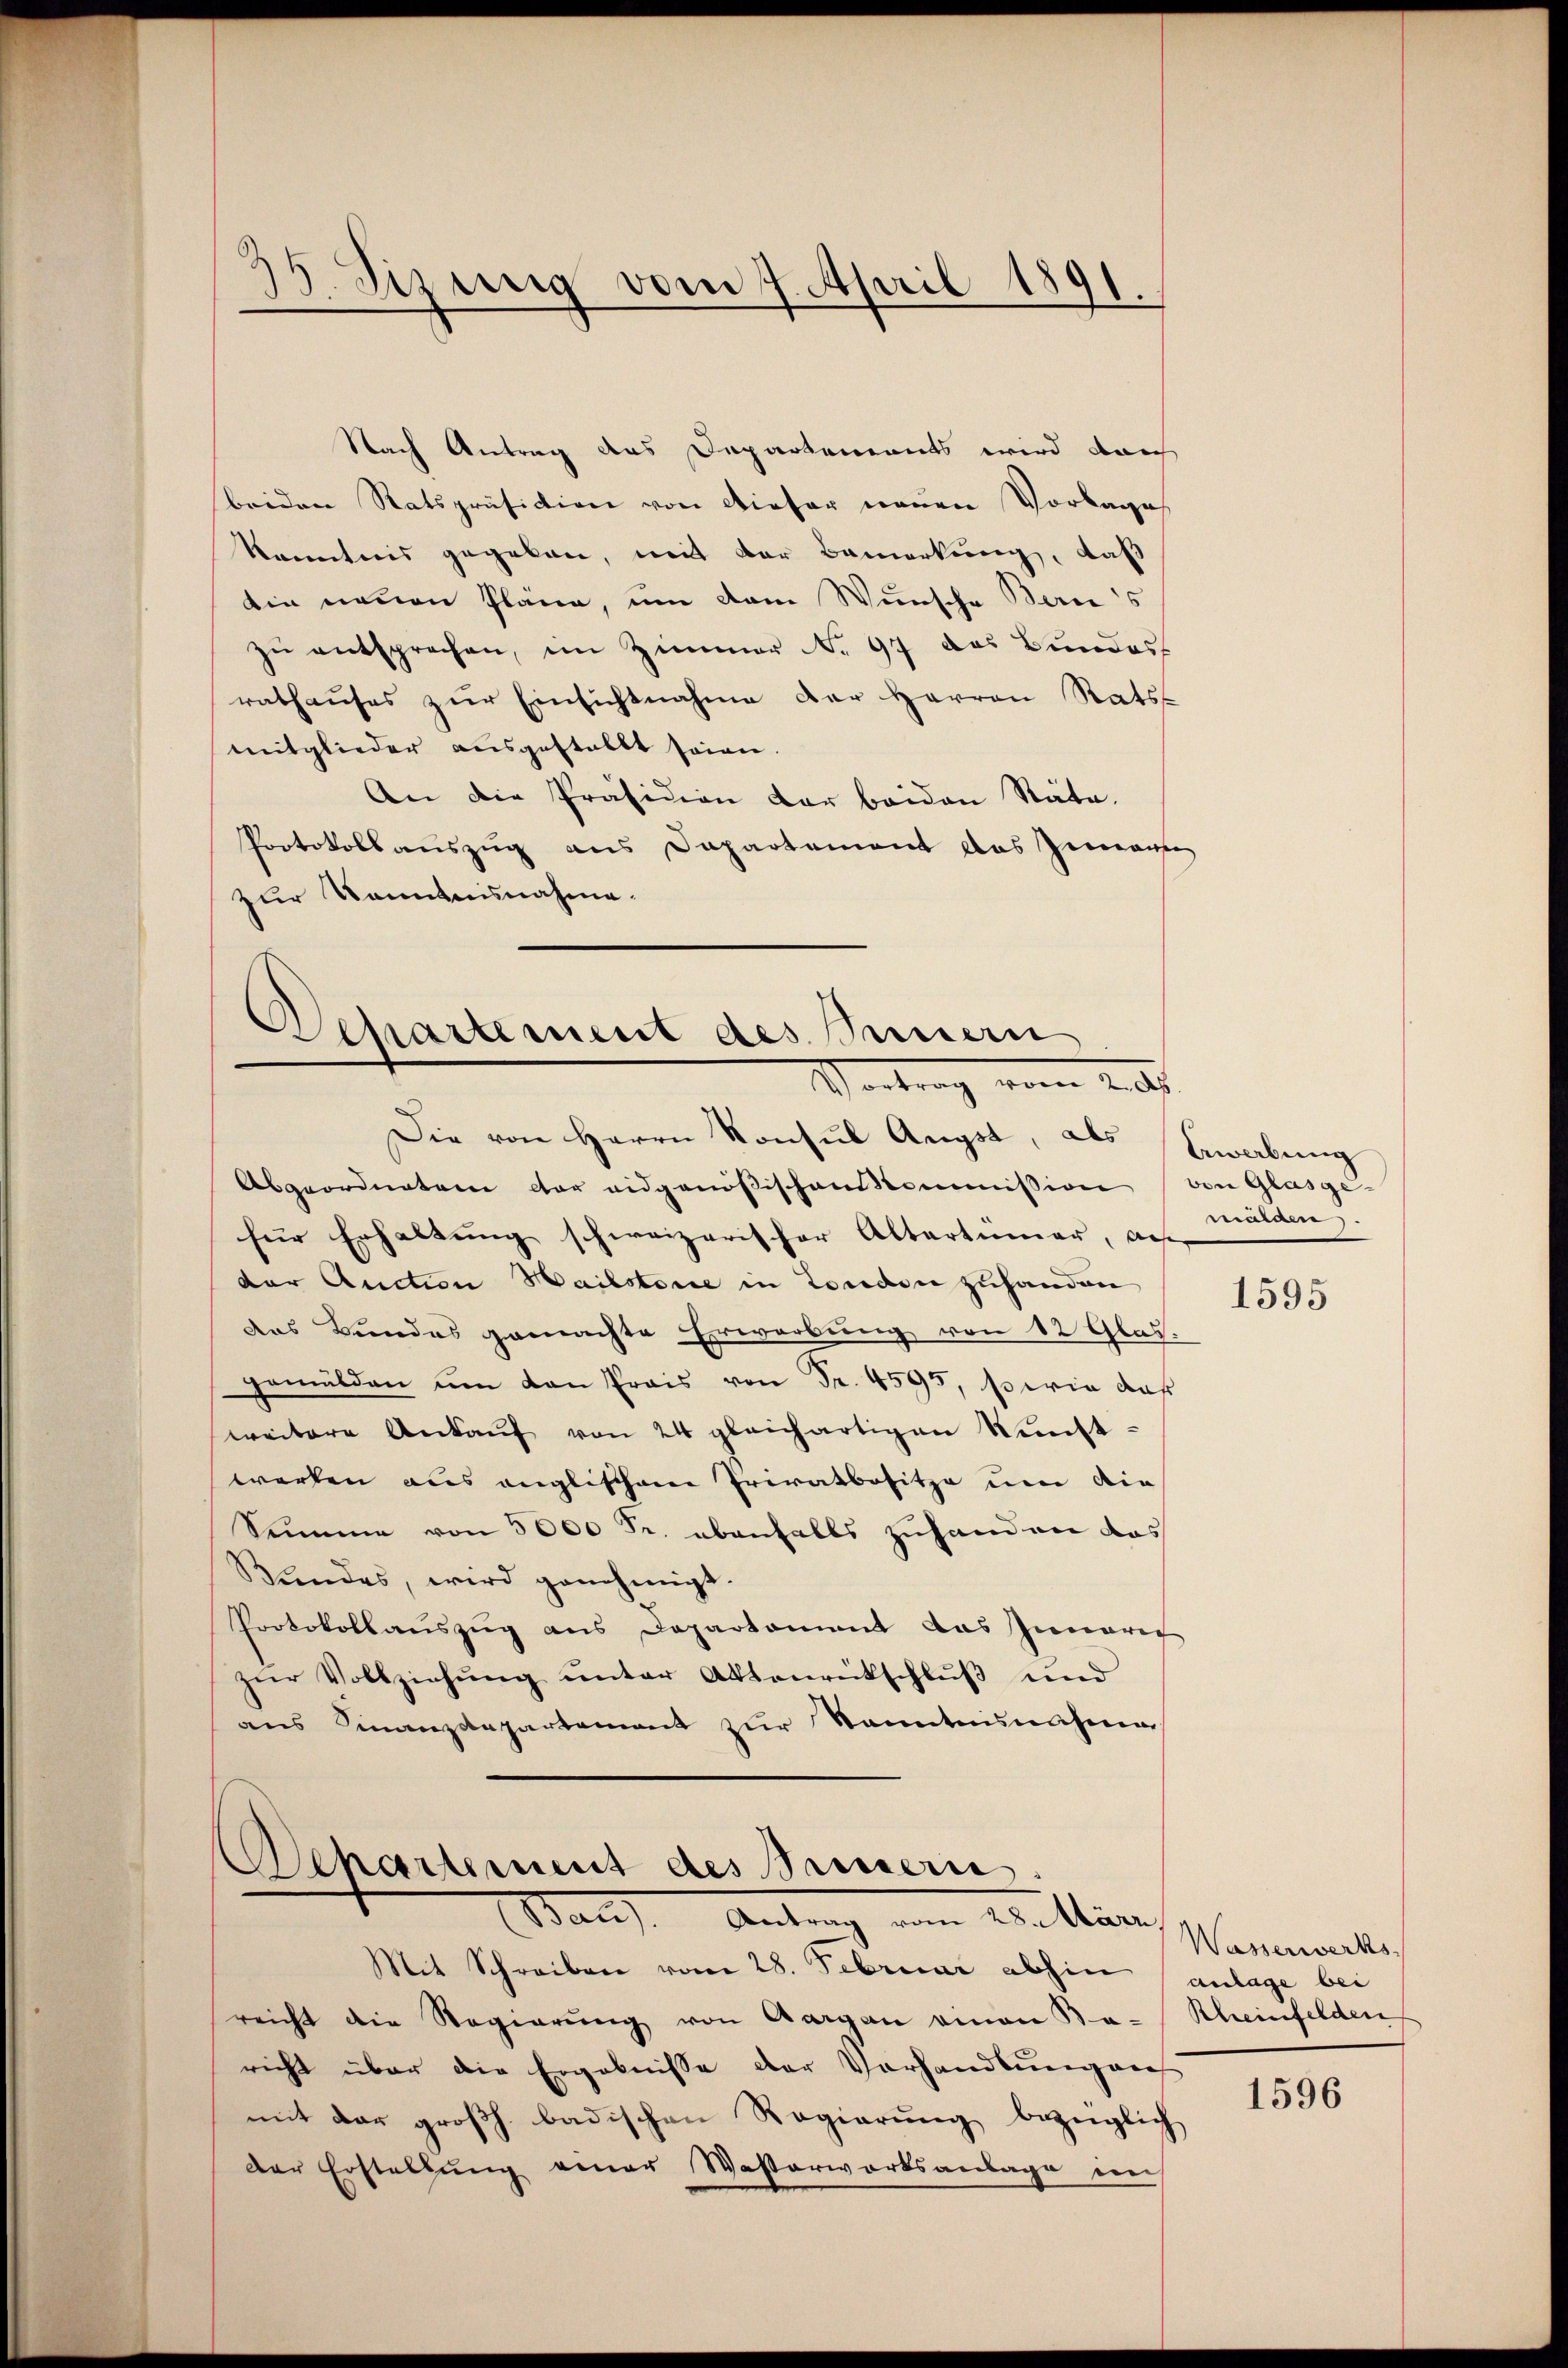
.Sizung vom 7. April 1891.

Nach Antrag des Departements wird darch
beiden Ratspräsidion von Dieser neuen Vorlage
Kenntnis gegeben, mit der Bemerkung, daß
din neuen Pläne, um dem Wunsche Berns
zŭ entsprechen, im Zimmer No. 97 das Bundes
rathauses zŭr Einsichtnahme der Herren Rats
mitglieder ausgestallt seien.
An die Präsidion der beiden Räte.
Protokollauszug aus Departement das Zeite
zur Kenntnisnahme.

Departement des Innern
Vertrag vom 2. d.

Die von Herrn Konsul Angst, als Bewabung
Abgeordneten der eidgenößischenkommission von Glasgefür Erhaltung schweizerischer Altertümer, auf
der Auction Hailstorie in London zuhanden
das Bundes gemachte Erwerbung von 12 Glas:
gemälden um von Prais von Fr. 4595, Biria daß
weitere Ankaŭf von 24 gleichartigen Nünst-
warten aus englischen Privatbesitze um die
Summe von 5000 Fr. ebenfalls zuhanden das
Bundes, wird genehmigt.
Protokollauszug aus Departament das Inneri
zŭr Vollziehŭng ŭnter Aktenrückschlŭβ und
aus Finanzdepartamant zŭr Sonntaninahe

Departement des Bauern.
an) Antrag von Wetten.

Mit Schreiben vom 28. Februar abhin anlage bei
reicht die Regierŭng von Aargau einen Be-
richt über die Ergebnisse der Vorhandlung auf
mit der großh. badischen Regierŭng bezüglich
der Erstellung einer Wasserworksanlage im

massere

1595

Wasserwerks,
Rheinfelden

1596